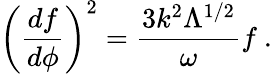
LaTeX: \left(\frac{df}{d\phi}\right)^{2}=\frac{3k^{2}\Lambda^{1/2}}{\omega}f~.